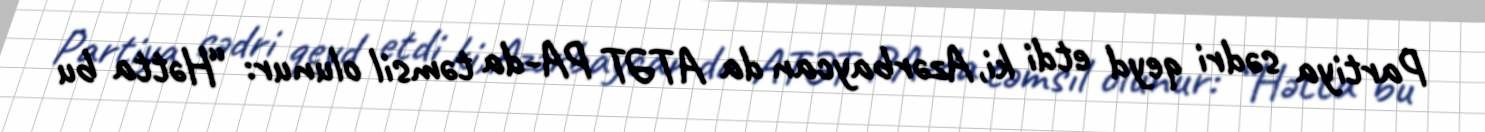
Partiya sədri qeyd etdi ki, Azərbaycan da ATƏT PA-da təmsil olunur: “Hətta bu